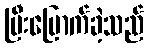
ပြီးမြောက်ခဲ့သည်